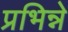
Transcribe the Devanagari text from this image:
प्रभिन्ने